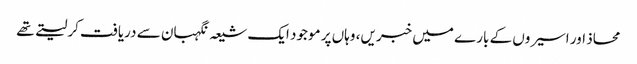
محاذ اور اسیروں کے بارے میں خبریں، وہاں پر موجود ایک شیعہ نگہبان سے دریافت کرلیتے تھے